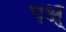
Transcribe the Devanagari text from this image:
पक्ष्